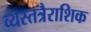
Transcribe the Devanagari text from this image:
व्यस्तत्रैराशिक